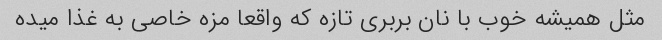
مثل همیشه خوب با نان بربری تازه که واقعا مزه خاصی به غذا میده